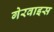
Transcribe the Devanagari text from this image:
गेरवाइस